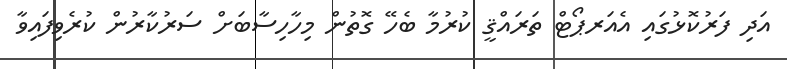
އަދި ފަރުކޮޅުގައި އެއަރޕޯޓް ތަރައްޤީ ކުރުމާ ބެހޭ ގޮތުން މިހާހިސާބަށް ސަރުކާރުން ކުރެވިފައިވާ